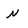
Character: N